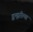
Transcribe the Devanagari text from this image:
द्वन्द्वरीत्या